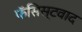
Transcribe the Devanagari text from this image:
फॅसिस्टवाद